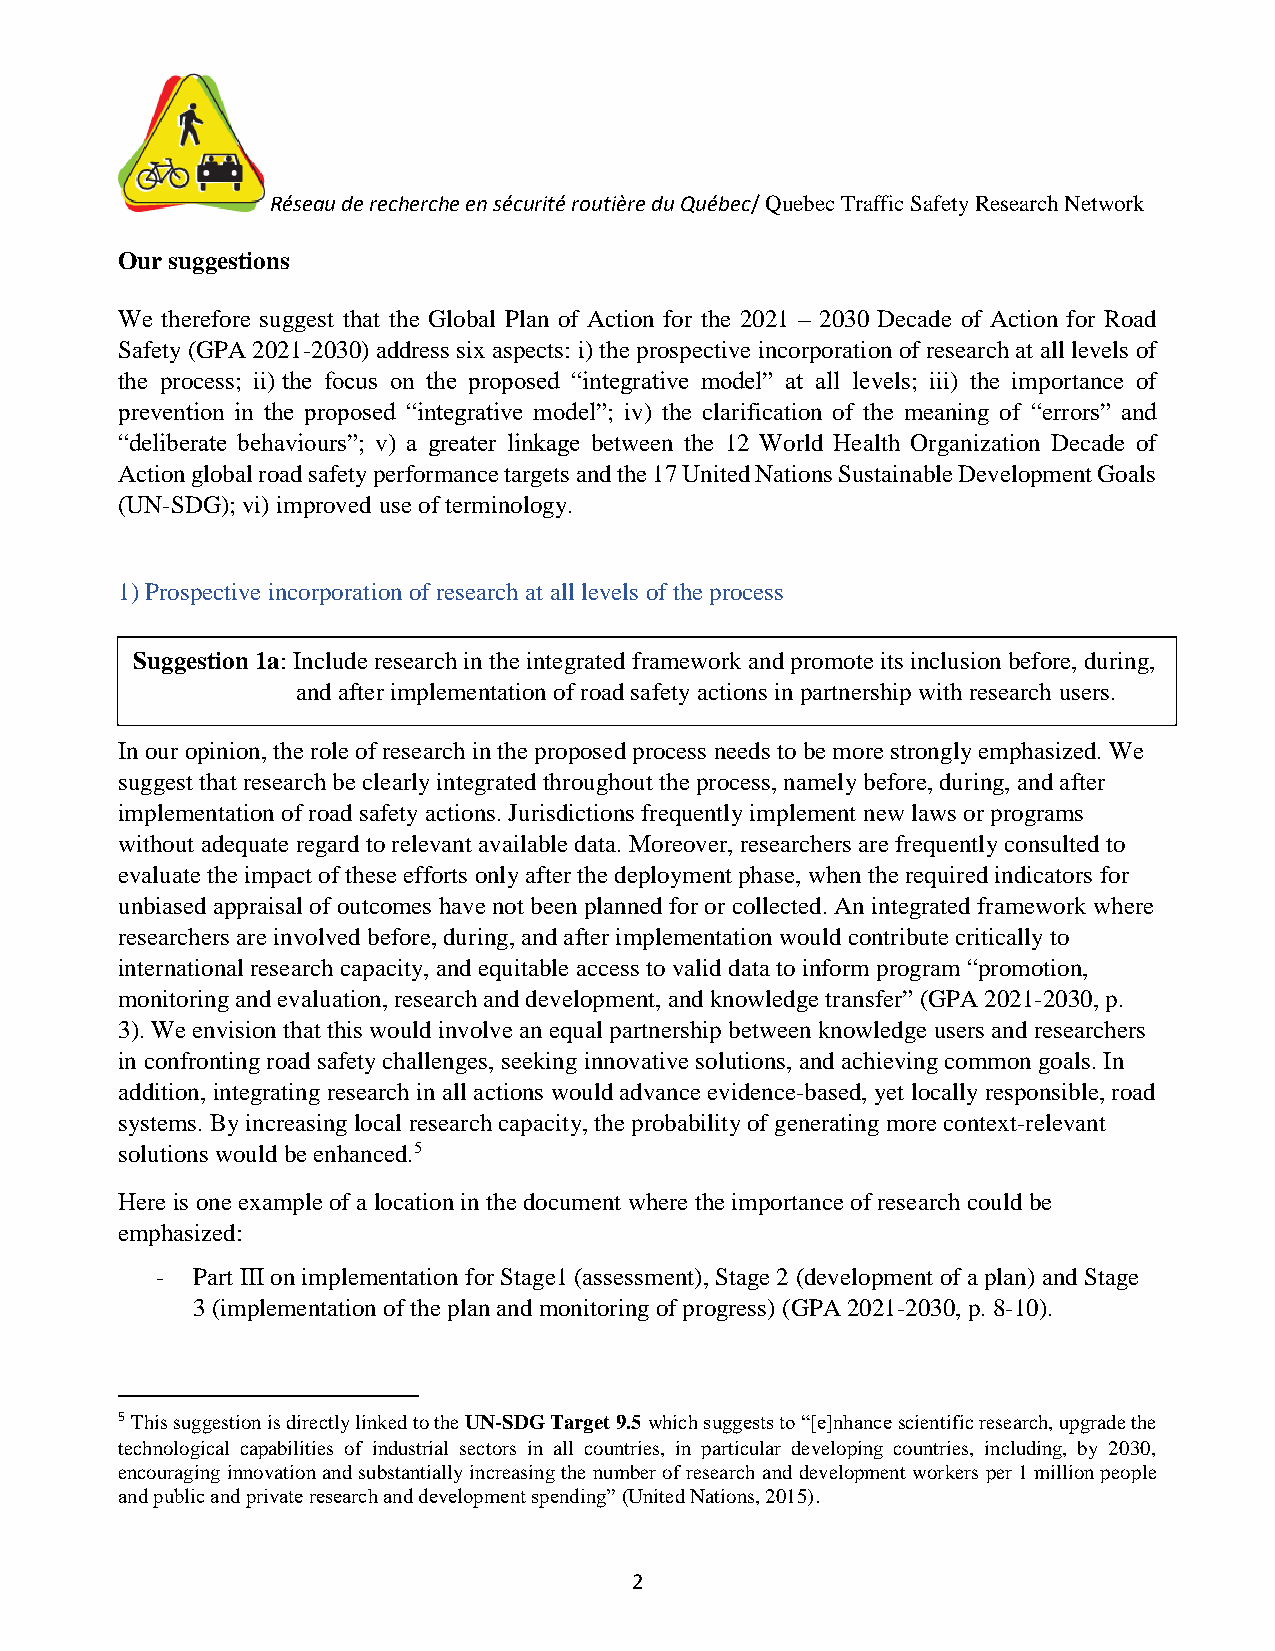
Réseau de recherche en sécurité routière du Québec/ Quebec Traffic Safety Research Network
 Our suggestions
 We therefore suggest that the Global Plan of Action for the 2021 – 2030 Decade of Action for Road
 Safety (GPA 2021-2030) address six aspects: i) the prospective incorporation of research at all levels of
 the process; ii) the focus on the proposed “integrative model” at all levels; iii) the importance of
 prevention in the proposed “integrative model”; iv) the clarification of the meaning of “errors” and
 “deliberate behaviours”; v) a greater linkage between the 12 World Health Organization Decade of
 Action global road safety performance targets and the 17 United Nations Sustainable Development Goals
 (UN-SDG); vi) improved use of terminology.
 1) Prospective incorporation of research at all levels of the process
 Suggestion 1a: Include research in the integrated framework and promote its inclusion before, during,
 and after implementation of road safety actions in partnership with research users.
 In our opinion, the role of research in the proposed process needs to be more strongly emphasized. We
 suggest that research be clearly integrated throughout the process, namely before, during, and after
 implementation of road safety actions. Jurisdictions frequently implement new laws or programs
 without adequate regard to relevant available data. Moreover, researchers are frequently consulted to
 evaluate the impact of these efforts only after the deployment phase, when the required indicators for
 unbiased appraisal of outcomes have not been planned for or collected. An integrated framework where
 researchers are involved before, during, and after implementation would contribute critically to
 international research capacity, and equitable access to valid data to inform program “promotion,
 monitoring and evaluation, research and development, and knowledge transfer” (GPA 2021-2030, p.
 3). We envision that this would involve an equal partnership between knowledge users and researchers
 in confronting road safety challenges, seeking innovative solutions, and achieving common goals. In
 addition, integrating research in all actions would advance evidence-based, yet locally responsible, road
 systems. By increasing local research capacity, the probability of generating more context-relevant
 solutions would be enhanced.5
 Here is one example of a location in the document where the importance of research could be
 emphasized:
 -  Part III on implementation for Stage1 (assessment), Stage 2 (development of a plan) and Stage
 3 (implementation of the plan and monitoring of progress) (GPA 2021-2030, p. 8-10).
 5 This suggestion is directly linked to the UN-SDG Target 9.5 which suggests to “[e]nhance scientific research, upgrade the
 technological capabilities of industrial sectors in all countries, in particular developing countries, including, by 2030,
 encouraging innovation and substantially increasing the number of research and development workers per 1 million people
 and public and private research and development spending” (United Nations, 2015).
 2